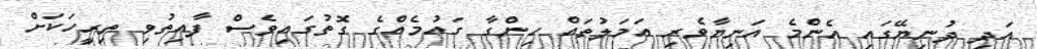
އަދި ދުނިޔޭގައި އެންމެ އަނިޔާވެރި އަމަލުތައް ހިންގާ ގައުމެއްގެ ގޮތުގައިވެސް ފާއިތުވި ތިރީހަކަށް